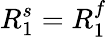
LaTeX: R_{1}^{s}=R_{1}^{f}